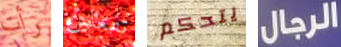
رأت تفعلين يتحكم الرجال